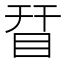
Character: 𥅝